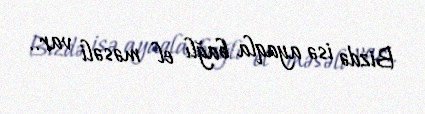
Bizdə isə ayaqla bağlı el məsəli var..